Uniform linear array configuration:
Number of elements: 64
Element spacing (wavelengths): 1
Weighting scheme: blackman
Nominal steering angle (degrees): -30
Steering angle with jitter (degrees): -29.566
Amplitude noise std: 0.05
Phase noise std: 0.05

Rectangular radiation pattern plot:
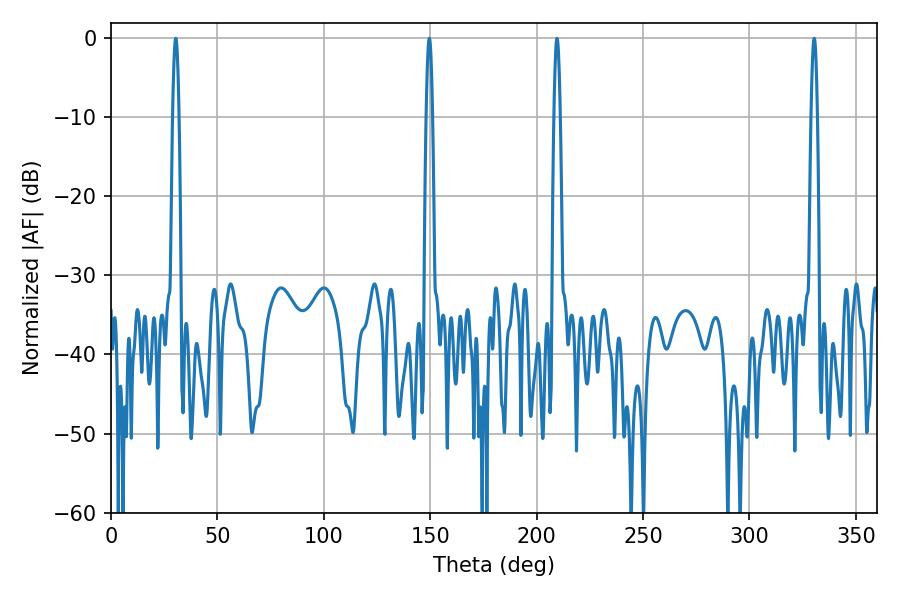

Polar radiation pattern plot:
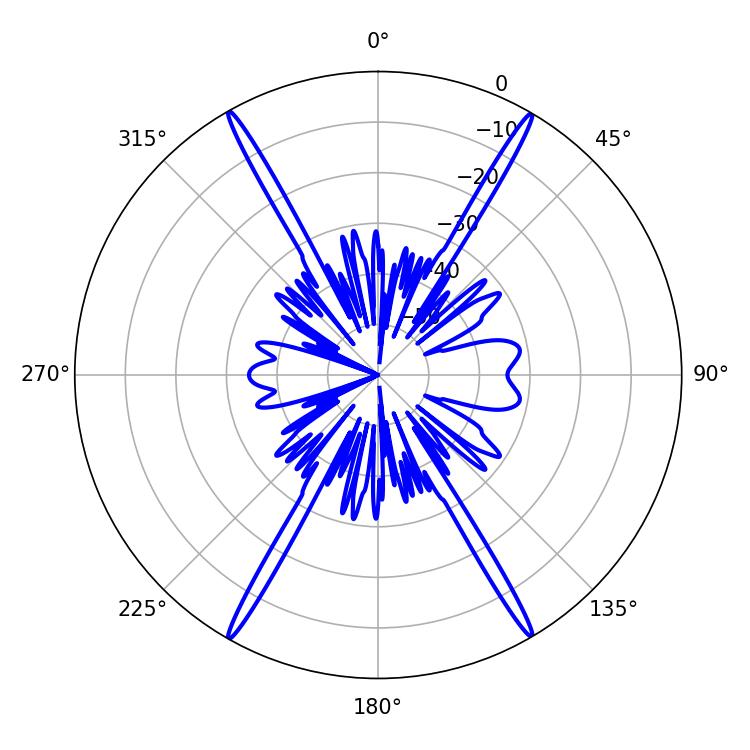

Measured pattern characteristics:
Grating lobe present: TRUE
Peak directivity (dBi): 31.744
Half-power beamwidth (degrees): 1.44
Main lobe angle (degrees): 30.42